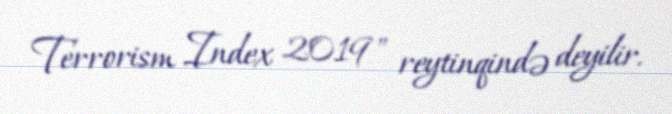
Terrorism Index 2019" reytinqində deyilir.